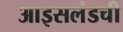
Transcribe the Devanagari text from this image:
आइसलंडची